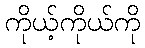
ကိုယ့်ကိုယ်ကို